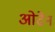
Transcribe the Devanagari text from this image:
ओढेन